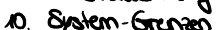
10. System-Grenzen